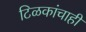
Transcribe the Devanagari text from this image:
टिळकांचाही